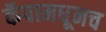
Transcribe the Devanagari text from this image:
कॅपामधूनच